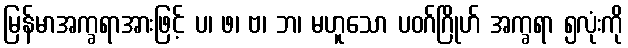
မြန်မာအက္ခရာအားဖြင့် ပ၊ ဖ၊ ဗ၊ ဘ၊ မဟူသော ပဝဂ်ဂြိုဟ် အက္ခရာ ၅လုံးကို